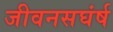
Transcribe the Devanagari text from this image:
जीवनसघंर्ष